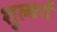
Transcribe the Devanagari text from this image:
शुल्बर्ग